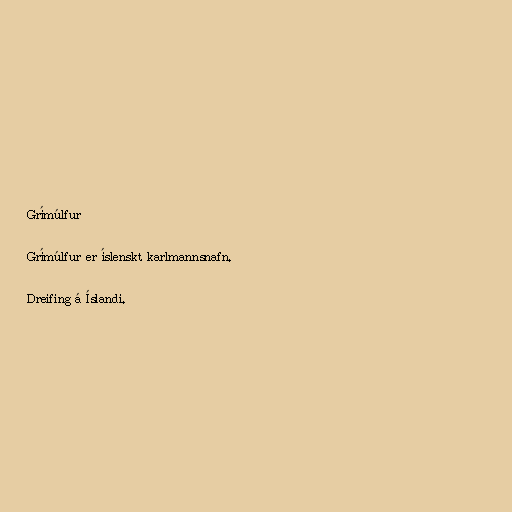
Grímúlfur

Grímúlfur er íslenskt karlmannsnafn.

Dreifing á Íslandi.